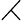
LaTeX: \rightthreetimes